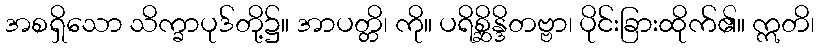
အစရှိသော သိက္ခာပုဒ်တို့၌။ အာပတ္တိ၊ ကို။ ပရိစ္ဆိန္ဒိတဗ္ဗာ၊ ပိုင်းခြားထိုက်၏။ ဣတိ၊